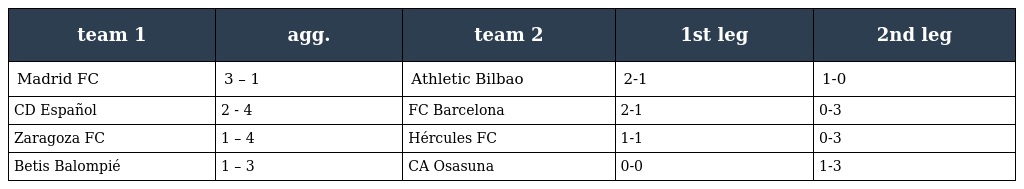
| team 1 | agg. | team 2 | 1st leg | 2nd leg |
 | --- | --- | --- | --- | --- |
 | Madrid FC | 3 – 1 | Athletic Bilbao | 2-1 | 1-0 |
 | CD Español | 2 - 4 | FC Barcelona | 2-1 | 0-3 |
 | Zaragoza FC | 1 – 4 | Hércules FC | 1-1 | 0-3 |
 | Betis Balompié | 1 – 3 | CA Osasuna | 0-0 | 1-3 |